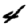
Digit: 4